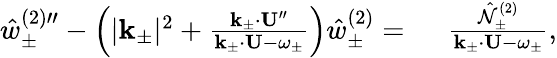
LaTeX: \begin{array}{rl}{{\hat{w}_{\pm}^{(2)\prime\prime}}-\left(|\mathbf{k}_{\pm}|^{2}+\frac{\mathbf{k}_{\pm}\cdot\mathbf{U}^{\prime\prime}}{\mathbf{k}_{\pm}\cdot\mathbf{U}-\omega_{\pm}}\right)\hat{w}_{\pm}^{(2)}=~}&{\frac{\hat{\mathcal{N}}_{\pm}^{(2)}}{\mathbf{k}_{\pm}\cdot\mathbf{U}-\omega_{\pm}},}\end{array}